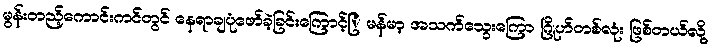
မွန်းတည့်ကောင်းကင်တွင် နေရာချပုံဖော်ခဲ့ခြင်းကြောင့်ြ မန်မာ့ အသက်သွေးကြော ဂြိုဟ်တစ်လုံး ဖြစ်တယ်လို့